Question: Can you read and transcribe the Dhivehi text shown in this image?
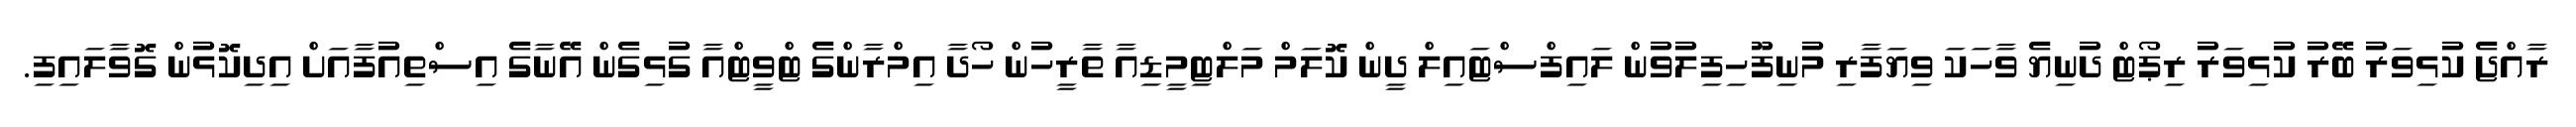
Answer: ރާއްޖެ ކުޅިވަރު ބޭރު ކުޅިވަރު ރިޕޯޓް ދުނިޔެ ވާހަކަ ވިޔަފާރި މުނިފޫހިފިލުވުން ލައިފްސްޓައިލް ދީން ކޮލަމް މަލްޓިމީޑިއާ ތާރީހުން ހޯދާ އިމްރާންގެ ޓްވީޓްއާ ގުޅިގެން އޭނާގެ އިސްތިއުފާއަށް އިދިކޮޅުން ގޮވާލައިފި.